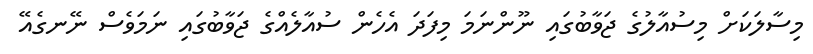
މިސާލަކަށް މިސުއާލުގެ ޖަވާބުގައި ނޫންނަމަ މިފަދަ އެހެން ސުއާލެއްގެ ޖަވާބުގައި ނަމަވެސް ނޭނގެއޭ